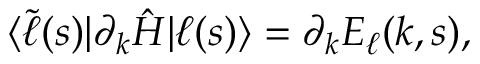
\langle \widetilde { \ell } ( s ) | \partial _ { k } \hat { H } | \ell ( s ) \rangle = \partial _ { k } E _ { \ell } ( k , s ) ,